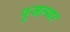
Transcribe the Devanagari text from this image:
पुसल्या